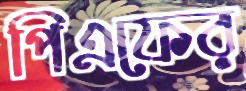
পিএফের